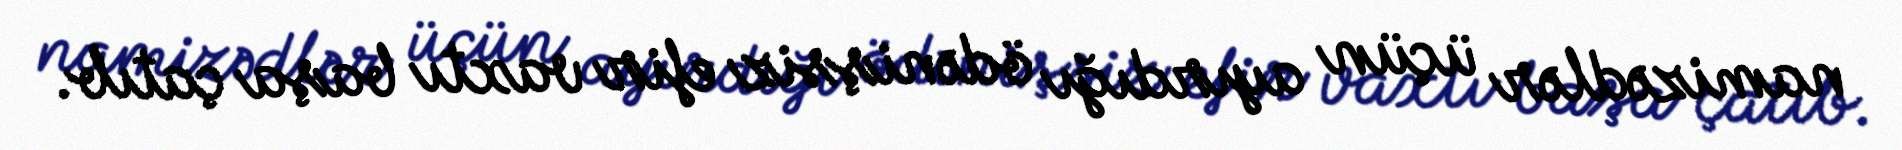
namizədlər üçün ayırdığı ödənişsiz efir vaxtı başa çatıb.